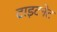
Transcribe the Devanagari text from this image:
टाइटनेट